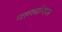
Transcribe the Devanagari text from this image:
नालबन्दियन